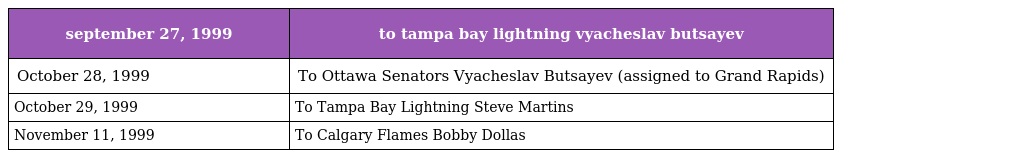
| september 27, 1999 | to tampa bay lightning vyacheslav butsayev |
 | --- | --- |
 | October 28, 1999 | To Ottawa Senators Vyacheslav Butsayev (assigned to Grand Rapids) |
 | October 29, 1999 | To Tampa Bay Lightning Steve Martins |
 | November 11, 1999 | To Calgary Flames Bobby Dollas |